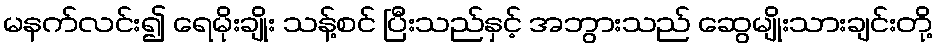
မနက်လင်း၍ ရေမိုးချိုး သန့်စင် ပြီးသည်နှင့် အဘွားသည် ဆွေမျိုးသားချင်းတို့